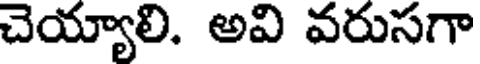
చెయ్యాలి. అవి వరుసగా